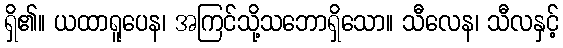
ရှိ၏။ ယထာရူပေန၊ အကြင်သို့သဘောရှိသော။ သီလေန၊ သီလနှင့်